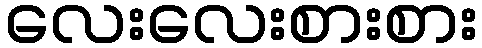
လေးလေးစားစား